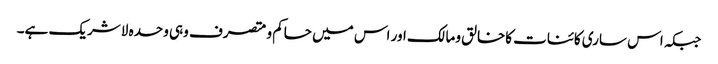
جبکہ اس ساری کائنات کاخالق ومالک اور اس میں حاکم ومتصرف وہی وحدہ لاشریک ہے۔